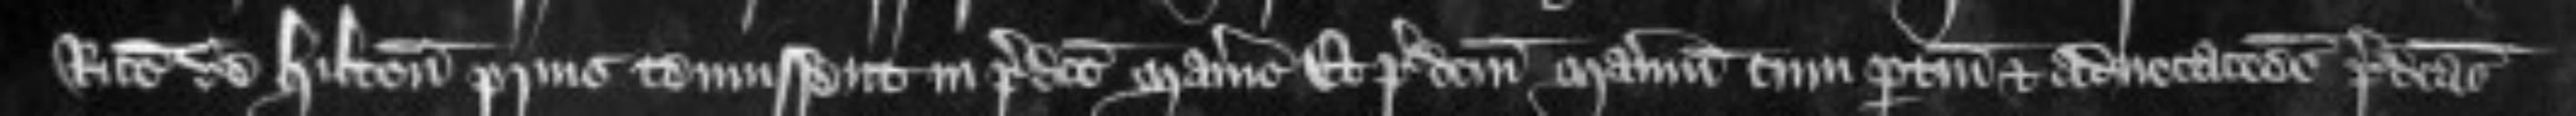
Ricardo de Hilton prius tenuissent in predicto manerio Et predictum manerium cum pertinenciis et advocationes predictas